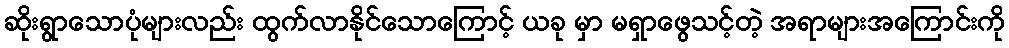
ဆိုးရွာသောပုံများလည်း ထွက်လာနိုင်သောကြောင့် ယခု မှာ မရှာဖွေသင့်တဲ့ အရာများအကြောင်းကို